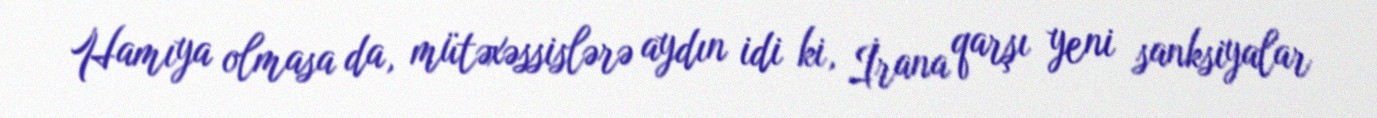
Hamıya olmasa da, mütəxəssislərə aydın idi ki, İrana qarşı yeni sanksiyalar